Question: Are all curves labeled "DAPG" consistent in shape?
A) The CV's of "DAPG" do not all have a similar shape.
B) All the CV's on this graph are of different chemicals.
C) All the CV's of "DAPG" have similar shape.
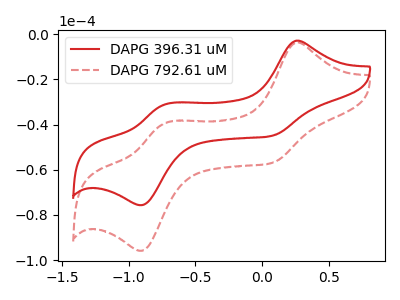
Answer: <think>The red curve "DAPG 396.31 uM" has anodic peaks at (0.25V, -2.90uA) (-0.75V, -31.25uA) and cathodic peaks at (0.10V, -44.95uA) (-0.90V, -75.65uA). The red dashed curve "DAPG 792.61 uM" has anodic peaks at (0.25V, -3.70uA) (-0.75V, -39.55uA) and cathodic peaks at (0.10V, -56.95uA) (-0.90V, -95.85uA).
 All the peaks in "DAPG 396.31 uM" have a peak in "DAPG 792.61 uM" at the same potential.</think>
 <answer>C) All the CV's of "DAPG" have similar shape.</answer>
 <eval>C</eval>